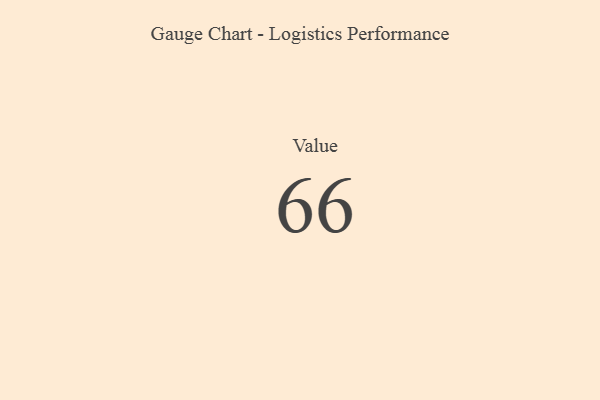
{"axis": {"x": "Metric", "y": "Value"}, "legend": [""], "data": [{"x": "Value", "y": 66, "type": ""}]}